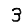
Digit: 3